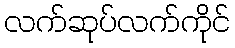
လက်ဆုပ်လက်ကိုင်